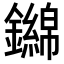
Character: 𨮨